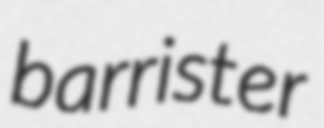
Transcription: barrister